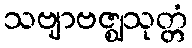
သဗျာဗဇ္ဈသုတ္တံ